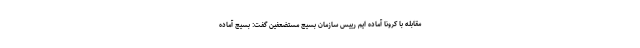
مقابله با کرونا آماده ایم رییس سازمان بسیج مستضعفین گفت: بسیج آماده